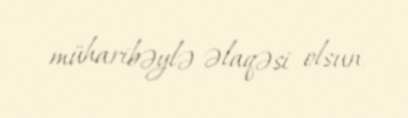
müharibəylə əlaqəsi olsun.